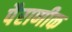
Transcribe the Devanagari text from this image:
पैराणीक